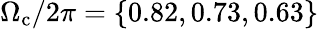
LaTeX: \Omega_{\mathrm{c}}/2\pi=\{ 0.82,0.73,0.63\}